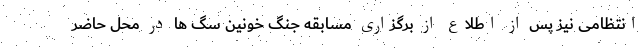
انتظامی نیز پس از اطلاع از برگزاری مسابقه جنگ خونین سگ ها در محل حاضر